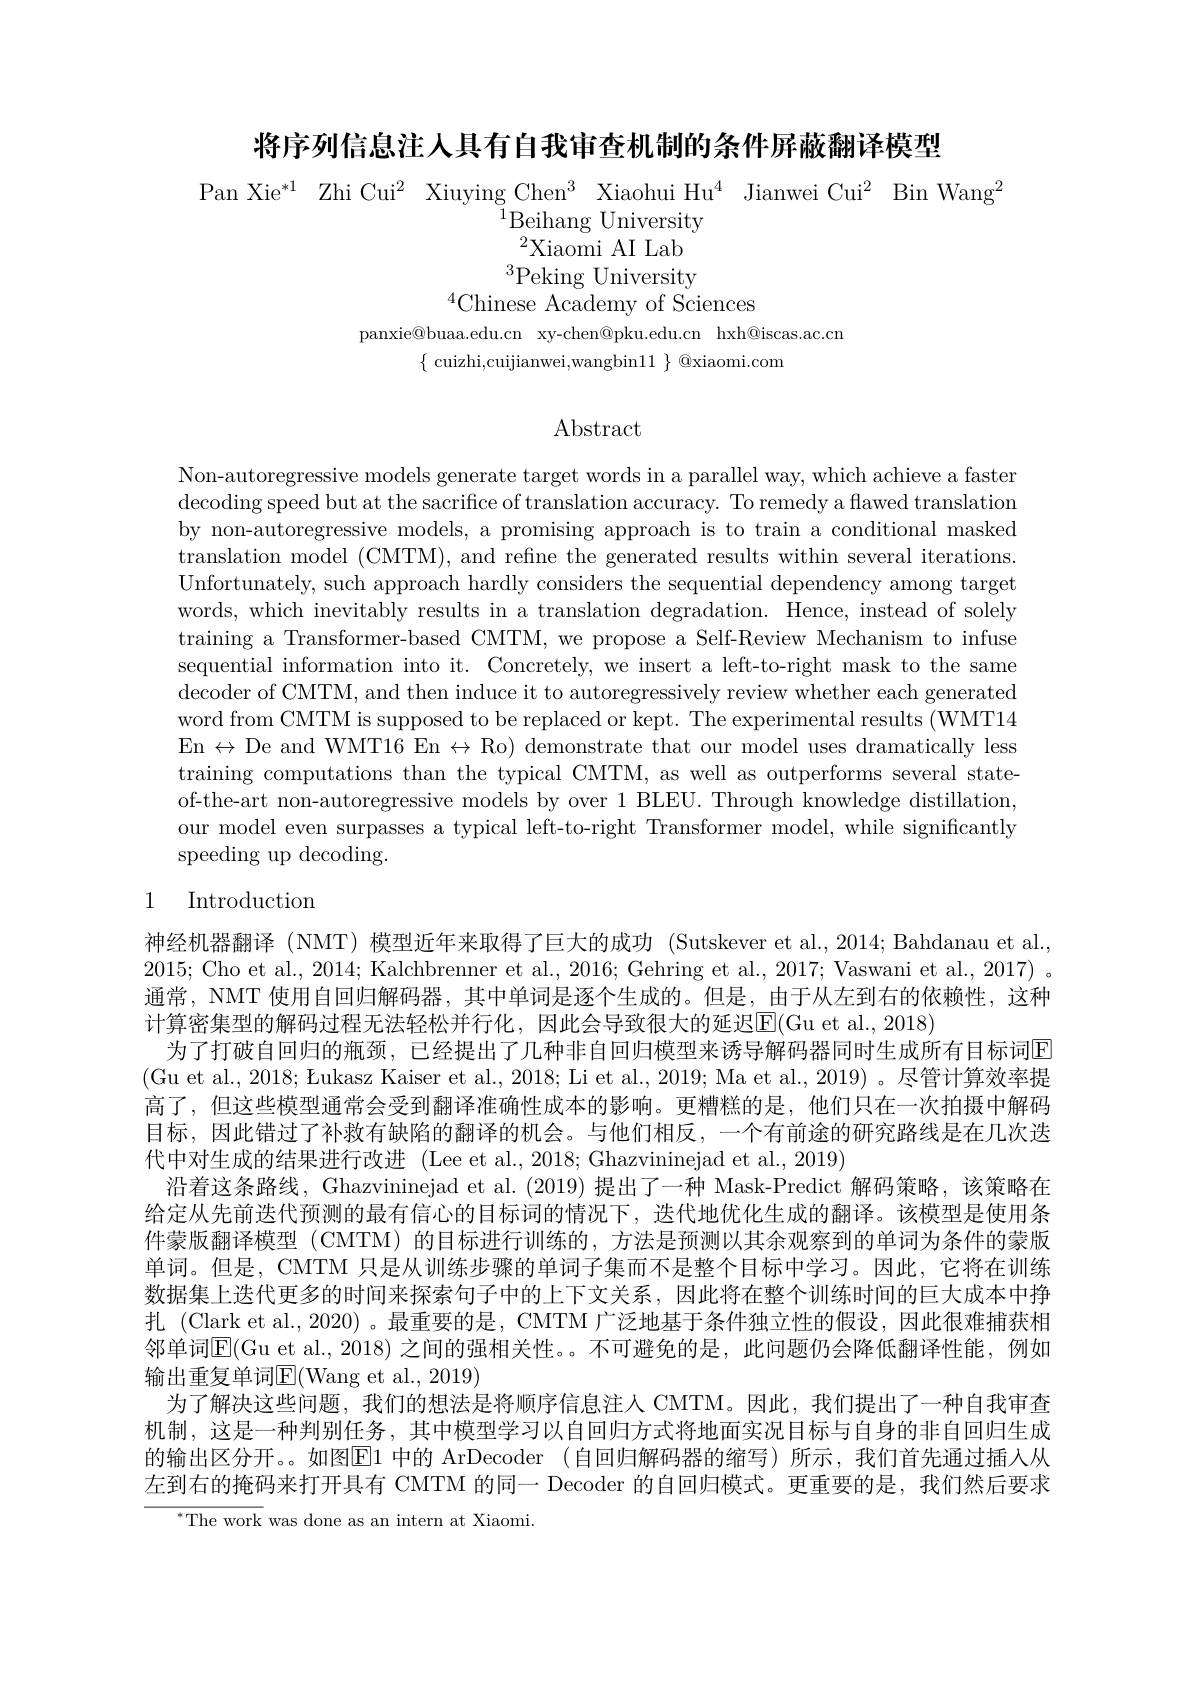
将序列信息注人具有自我审查机制的条件屏蔽翻译模型

Pan Xie$^*1$ Zhi Cui$^2$ Xiuying Chen$^3$ Xiaohui Hu$^4$ Jianwei Cui$^2$ Bin Wang$^2$
$^{1}$Beihang University ${}^{2}{\mathrm{Xiaomi~AI~Lab}}$ $^3$Peking University
$^{4}$Chinese Academy of Sciences
panxie@buaa.edu.cn xy-chen@pku.edu.cn hxh@iscas.ac.cn
$\{$ cuizhi,cuijianwei,wangbin$11\}$ @xiaomi.com

## $\operatorname{Abstract}$

Non-autoregressive models generate target words in a parallel way, which achieve a faster decoding speed but at the sacrifice of translation accuracy. To remedy a flawed translation by non-autoregressive models, a promising approach is to train a conditional masked translation model (CMTM), and refine the generated results within several iterations Unfortunately, such approach hardly considers the sequential dependency among target words, which inevitably results in a translation degradation. Hence, instead of solely training a Transformer-based CMTM, we propose a Self-Review Mechanism to infuse sequential information into it. Concretely, we insert a left-to-right mask to the same decoder of CMTM, and then induce it to autoregressively review whether each generated word from CMTM is supposed to be replaced or kept. The experimental results (WMT14 En$\leftrightarrow$De and WMT16 En$\leftrightarrow$Ro) demonstrate that our model uses dramatically less training computations than the typical CMTM, as well as outperforms several stateof-the-art non-autoregressive models by over 1 BLEU. Through knowledge distillation, our model even surpasses a typical left-to-right Transformer model, while significantly speeding up decoding.

## 1 Introduction

神经机器翻译 (NMT) 模型近年来取得了巨大的成功 (Sutskever et al.,2014; Bahdanau et al., 2015; Cho et al., 2014; Kalchbrenner et al., 2016; Gehring et al., 2017; Vaswani et al., 2017) 。通常，NMT 使用自回归解码器，其中单词是逐个生成的。但是，由于从左到右的依赖性，这种计算密集型的解码过程无法轻松并行化，因此会导致很大的延迟$\overline{\mathrm{F}}($Gu et al.,2018)
为了打破自回归的瓶颈，已经提出了几种非自回归模型来诱导解码器同时生成所有目标词E (Gu et al., 2018; Lukasz Kaiser et al., 2018; Li et al., 2019; Ma et al., 2019) 。尽管计算效率提高了，但这些模型通常会受到翻译准确性成本的影响。更糟糕的是，他们只在一次拍摄中解码目标，因此错过了补救有缺陷的翻译的机会。与他们相反，一个有前途的研究路线是在几次迭代中对生成的结果进行改进 (Lee et al., 2018; Ghazvininejad et al., 2019)
沿着这条路线，Ghazvininejad et al. (2019) 提出了一种 Mask-Predict 解码策略，该策略在给定从先前迭代预测的最有信心的目标词的情况下，迭代地优化生成的翻译。该模型是使用条件蒙版翻译模型 (CMTM)的目标进行训练的，方法是预测以其余观察到的单词为条件的蒙版单词。但是，CMTM 只是从训练步骤的单词子集而不是整个目标中学习。因此，它将在训练数据集上迭代更多的时间来探索句子中的上下文关系，因此将在整个训练时间的巨大成本中挣扎 (Clark et al., 2020)。最重要的是，CMTM 广泛地基于条件独立性的假设，因此很难捕获相邻单词$\overline{\mathrm{E}}($Gu et al., 2018)之间的强相关性。。不可避免的是，此问题仍会降低翻译性能，例如输出重复单词E[(Wang et al., 2019)
为了解决这些问题，我们的想法是将顺序信息注入 CMTM。因此，我们提出了一种自我审查机制，这是一种判别任务，其中模型学习以自回归方式将地面实况目标与自身的非自回归生成的输出区分开。。如图$|\mathbb{E}|1$ 中的 ArDecoder (自回归解码器的缩写)所示，我们首先通过插人从左到右的掩码来打开具有 CMTM 的同一 Decoder 的自回归模式。更重要的是，我们然后要求
$^*$The work was done as an intern at Xiaomi.